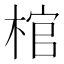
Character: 棺